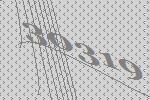
30319